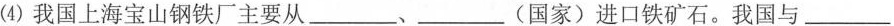
(4)我国上海宝山钢铁厂主要从___、___(国家)进口铁矿石。我国与___